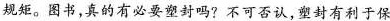
规矩。图书，真的有必要塑封吗?不可否认，塑封有利于保